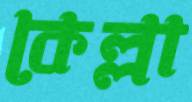
কেল্লা